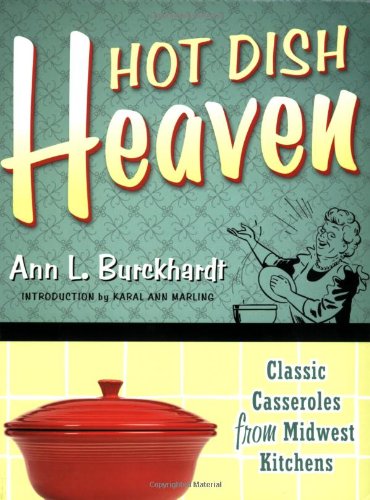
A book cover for Hot Dish Heaven: Classic Casseroles from Midwest Kitchens; Ann L. Burckhardt; Cookbooks, Food & Wine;